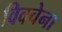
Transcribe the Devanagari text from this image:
विवचेना